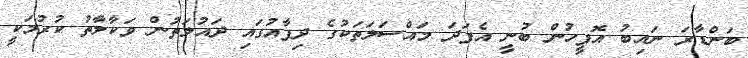
ބަންޑާރަ ނައިބު އޮފީހުން ބުނީ އެފަދަ މައްސަލަތަކުގެ ދިފާއުގައި ދައުލަތުން ވަކާލާތު ކުރުމަކީ